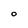
Character: O